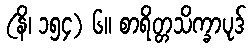
(နိ၊ ၁၅၄) ၆။ စာရိတ္တသိက္ခာပုဒ်